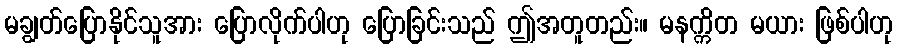
မချွတ်ပြောနိုင်သူအား ပြောလိုက်ပါဟု ပြောခြင်းသည် ဤအတူတည်း။ မနက္ကိတ မယား ဖြစ်ပါဟု